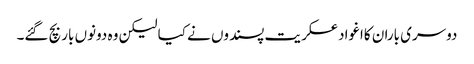
دوسری باران کااغوادعسکریت پسندوں نے کیا لیکن وہ دونوں بار بچ گئے۔